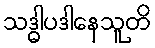
သဒ္ဓါပဒါနေသူတိ